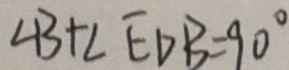
\angle B + \angle E D B = 9 0 ^ { \circ }